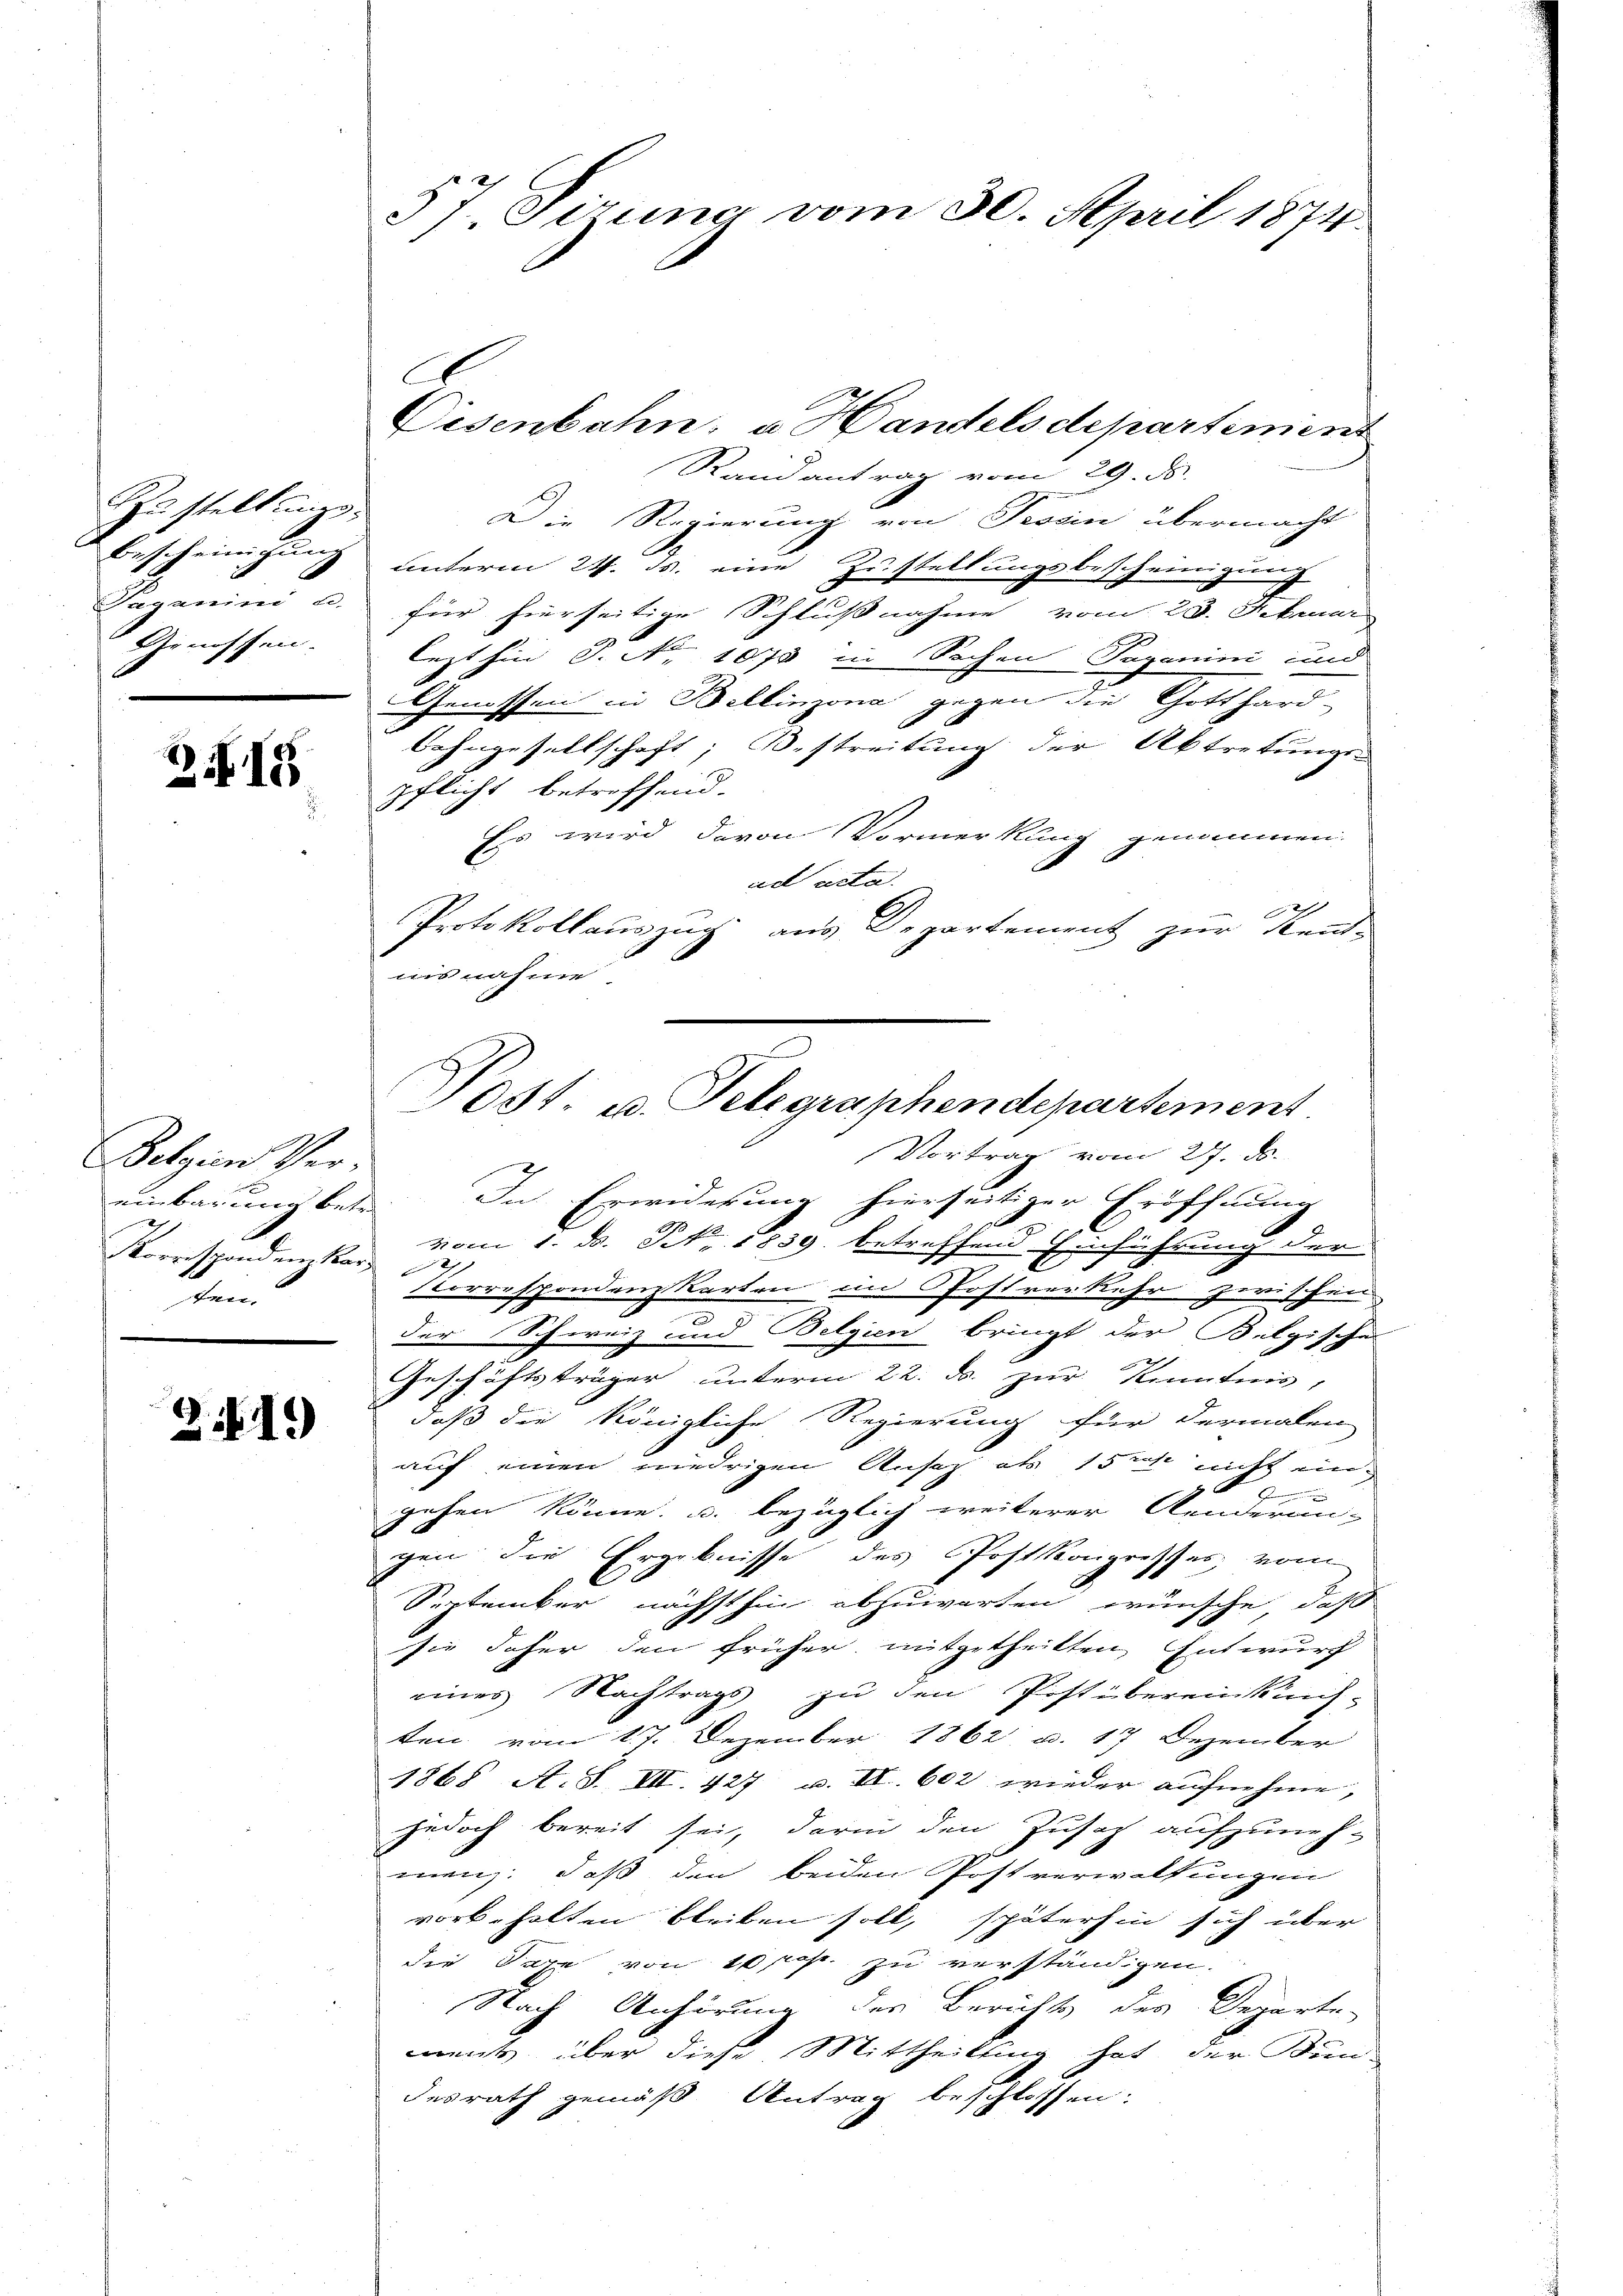
Zustellungs¬
Bescheinigung
Jaganini a.
Genossen.

Z 15

Belgien Ver-
einbarung betr.
Korrspondenzkar
dem

21.)

37. Sizung vom 30. April 1874.

Disenbahn, u. Handelsdepartement
Randantrag vom 29. ds.
Die Regierung von Tessin übermacht
unterm 24. ds. eine Zustellungsbescheinigung
für hierseitige Schlußnahme vom 29. Abmar
lezthin P. Nr. 1075 in Sachen Taganini und
Genossen in Bellinzona gegen die Gotthard-
Bahngesellschaft; Bestreitung der Abtretungen
pflicht betreffend.
Es wird davon Vormerkung genommen.
ad acta.
Protokollauszug aus Departement zur Kennt-
uisnahme
Vortrag vom 27. ds.
In Erwiderung hierseitiger Eröffnung
E
vom 1. ds. N. 1839. betreffend Einführung der
e
torrespondenz Karten im Postverkehr zwischen
der Schweiz und Belgien bringt der Belgische
Geschäftsträger unterm 22. ds. zur Kenntnis,
daß die Königliche Regierung für dermalen
auf einen niedrigen Ansatz als 152 nicht ein
gehen könne, u. bezüglich weiterer Aenderun-
gen die Ergebnisse des Postkongresses vom
September nächsthin abzuwarten wünsche, daß
sie daher den früher mitgetheilten Entwurf
eines Nachtrags zu den Postübereinkünf-
ten vom 17. Dezember 1862 u. 17 Dezember
1868 A. S. VII. 427 u. II. 602 wieder aufnehme, |
jedoch bereit sei, darin den Zusat aufzuneh-
men; daß den beiden Postverwaltungen
vorbehalten bleiben soll, späterhin sich über
die Taxe von 10 rp. zu verständigen.
Nach Anhörung des Berichts des Departe
ment über diese Mittheilung hat der Kun
desrath gemäß Antrag beschlossen:

Post u. Telegraphendepartement